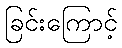
ခြင်းကြောင့်